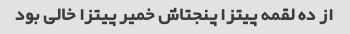
از ده لقمه پیتزا پنجتاش خمیر پیتزا خالی بود